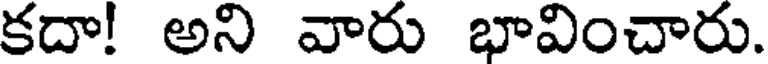
కదా! అని వారు భావించారు.